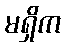
မရှိက